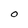
Character: o